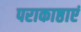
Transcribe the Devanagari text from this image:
पराकाष्ठाएं